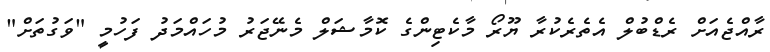
ރާއްޖެއަށް ރެޑްބުލް އެތެރެކުރާ ޔޫރޯ މާކެޓިންގެ ކޮމާޝަލް މެނޭޖަރު މުހައްމަދު ފަހުމީ "ވަގުތަށް"